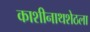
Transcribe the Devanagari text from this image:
काशीनाथशेठला